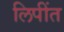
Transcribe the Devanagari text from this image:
लिपींत